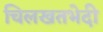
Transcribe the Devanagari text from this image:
चिलखतभेदी